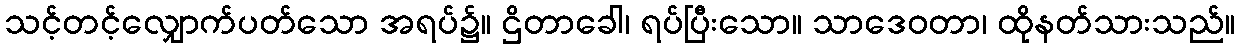
သင့်တင့်လျှောက်ပတ်သော အရပ်၌။ ဌိတာခေါ၊ ရပ်ပြီးသော။ သာဒေဝတာ၊ ထိုနတ်သားသည်။